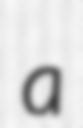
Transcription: a